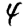
Digit: 4